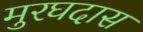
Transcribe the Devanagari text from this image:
मुरघदास